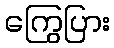
ကြွေပြား